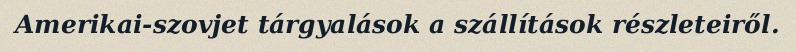
Amerikai-szovjet tárgyalások a szállítások részleteiről.